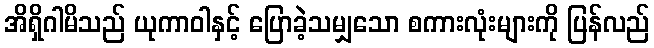
အိရှိဂါမိသည် ယုကာဝါနှင့် ပြောခဲ့သမျှသော စကားလုံးများကို ပြန်လည်